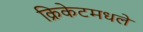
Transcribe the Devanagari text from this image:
क्रिकेटमधले